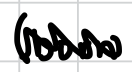
Text: (born
Cross-out: zig-zag
Writing tool: digital_black